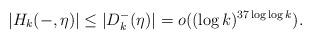
LaTeX: \begin{align*}|H_k(-,\eta)|\leq |D_k^-(\eta)|=o((\log k)^{37\log\log k}).\end{align*}